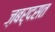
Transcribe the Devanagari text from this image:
ज़बर्दसत